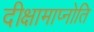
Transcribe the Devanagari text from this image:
दीक्षामाप्नोति